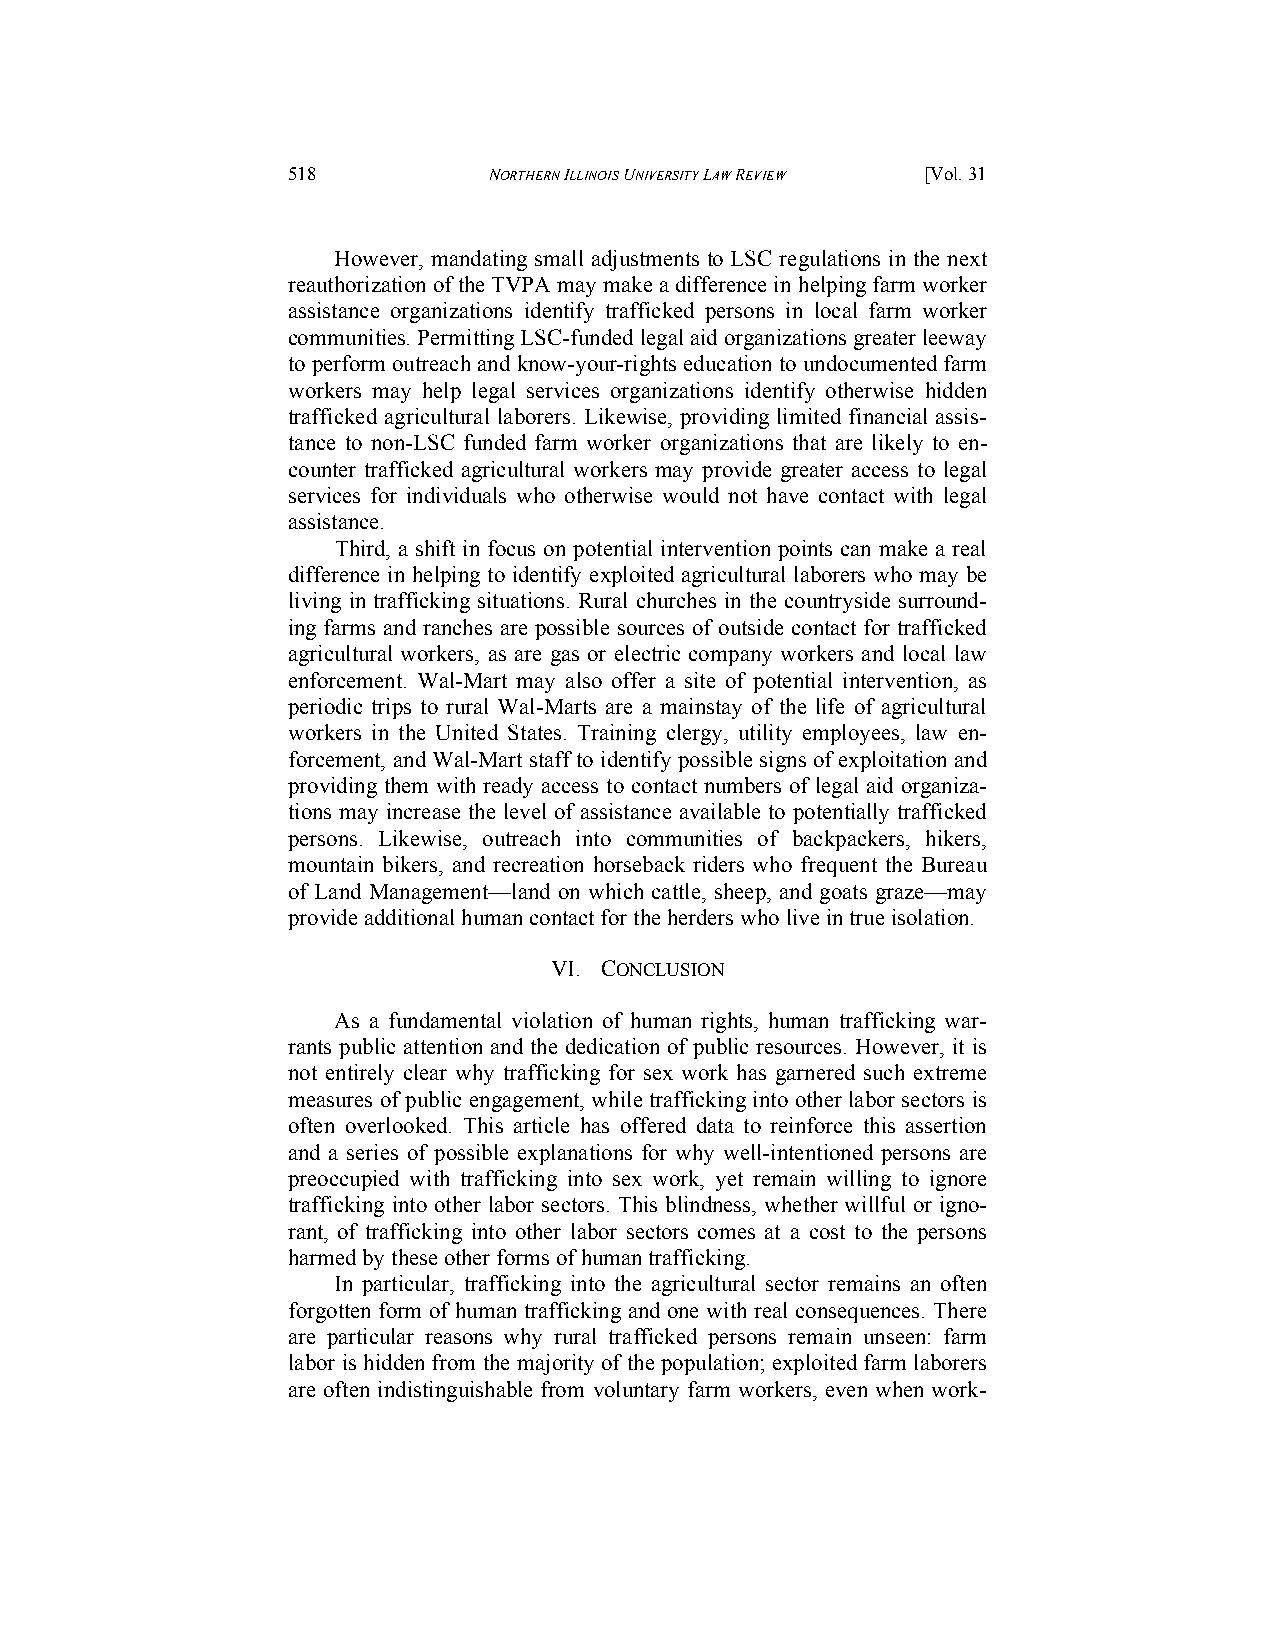
518          NORTHERN ILLINOIS UNIVERSITY LAW REVIEW [Vol. 31
 However, mandating small adjustments to LSC regulations in the next
 reauthorization of the TVPA may make a difference in helping farm worker
 assistance organizations identify trafficked persons in local farm worker
 communities. Permitting LSC-funded legal aid organizations greater leeway
 to perform outreach and know-your-rights education to undocumented farm
 workers may help legal services organizations identify otherwise hidden
 trafficked agricultural laborers. Likewise, providing limited financial assis-
 tance to non-LSC funded farm worker organizations that are likely to en-
 counter trafficked agricultural workers may provide greater access to legal
 services for individuals who otherwise would not have contact with legal
 assistance.
 Third, a shift in focus on potential intervention points can make a real
 difference in helping to identify exploited agricultural laborers who may be
 living in trafficking situations. Rural churches in the countryside surround-
 ing farms and ranches are possible sources of outside contact for trafficked
 agricultural workers, as are gas or electric company workers and local law
 enforcement. Wal-Mart may also offer a site of potential intervention, as
 periodic trips to rural Wal-Marts are a mainstay of the life of agricultural
 workers in the United States. Training clergy, utility employees, law en-
 forcement, and Wal-Mart staff to identify possible signs of exploitation and
 providing them with ready access to contact numbers of legal aid organiza-
 tions may increase the level of assistance available to potentially trafficked
 persons. Likewise, outreach into communities of backpackers, hikers,
 mountain bikers, and recreation horseback riders who frequent the Bureau
 of Land Management—land on which cattle, sheep, and goats graze—may
 provide additional human contact for the herders who live in true isolation.
 VI. CONCLUSION
 As a fundamental violation of human rights, human trafficking war-
 rants public attention and the dedication of public resources. However, it is
 not entirely clear why trafficking for sex work has garnered such extreme
 measures of public engagement, while trafficking into other labor sectors is
 often overlooked. This article has offered data to reinforce this assertion
 and a series of possible explanations for why well-intentioned persons are
 preoccupied with trafficking into sex work, yet remain willing to ignore
 trafficking into other labor sectors. This blindness, whether willful or igno-
 rant, of trafficking into other labor sectors comes at a cost to the persons
 harmed by these other forms of human trafficking.
 In particular, trafficking into the agricultural sector remains an often
 forgotten form of human trafficking and one with real consequences. There
 are particular reasons why rural trafficked persons remain unseen: farm
 labor is hidden from the majority of the population; exploited farm laborers
 are often indistinguishable from voluntary farm workers, even when work-